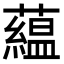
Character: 藴